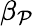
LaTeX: \beta_{\mathcal{P}}